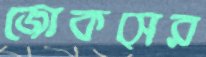
জোকসের